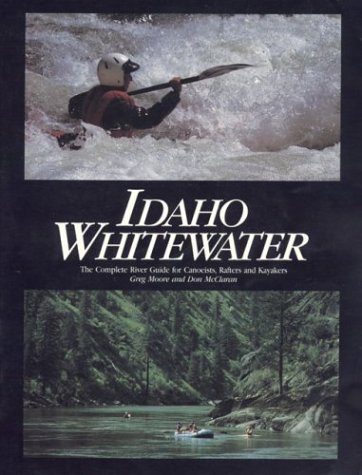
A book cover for Idaho Whitewater: The Complete River Guide; Greg Moore; Sports & Outdoors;